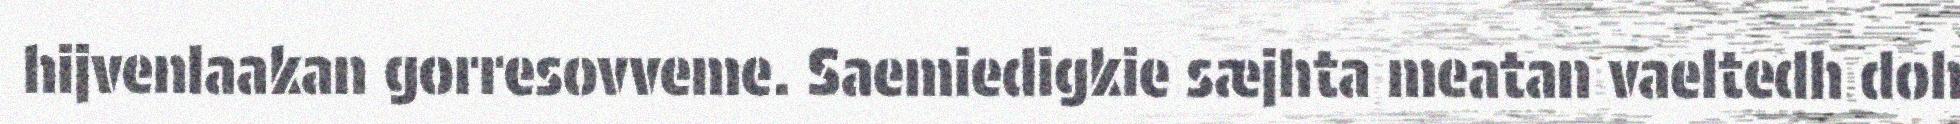
hijvenlaakan gorresovveme. Saemiedigkie sæjhta meatan vaeltedh doh